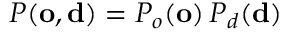
P ( \mathbf { o } , \mathbf { d } ) = P _ { o } ( \mathbf { o } ) \, P _ { d } ( \mathbf { d } )